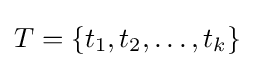
T=\{t_{1},t_{2},\ldots ,t_{k}\}